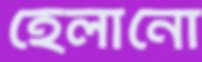
হেলানো